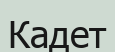
Кадет